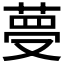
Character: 𦴋